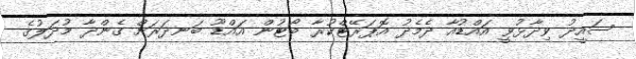
ސައީދު ވިދާޅުވީ އައްޑުއާ ދެމެދު އޮޕަރޭޓްކުރާ ބޯޓުން އައްޑޫ ބަނދަރަށް ގެންދާ މުދަލުގެ